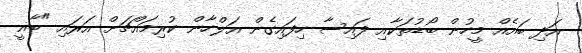
އަދި ބައެއް މީހުން ބޯޑުތަކާއި ފައިސާ ހިފައިގެން އަލްހާން ކުރިމައްޗަށް އަރައި "ބާޣީ